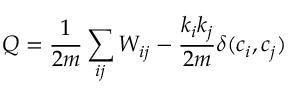
Q = \frac { 1 } { 2 m } \sum _ { i j } W _ { i j } - \frac { k _ { i } k _ { j } } { 2 m } \delta ( c _ { i } , c _ { j } )